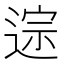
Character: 𫐱